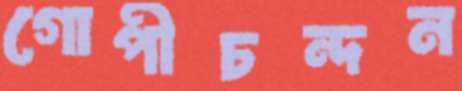
গোপীচন্দন